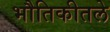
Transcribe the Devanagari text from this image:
भौतिकीतले